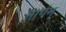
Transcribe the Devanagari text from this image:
मार्गम्